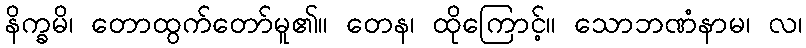
နိက္ခမိ၊ တောထွက်တော်မူ၏။ တေန၊ ထိုကြောင့်။ သောဘဏံနာမ၊ လ၊